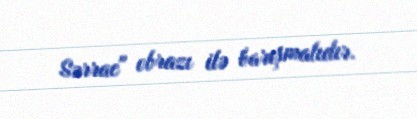
Sərrac" obrazı ilə barışmalıdır.